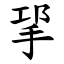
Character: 㧭